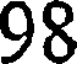
98